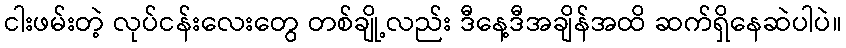
ငါးဖမ်းတဲ့ လုပ်ငန်းလေးတွေ တစ်ချို့လည်း ဒီနေ့ဒီအချိန်အထိ ဆက်ရှိနေဆဲပါပဲ။